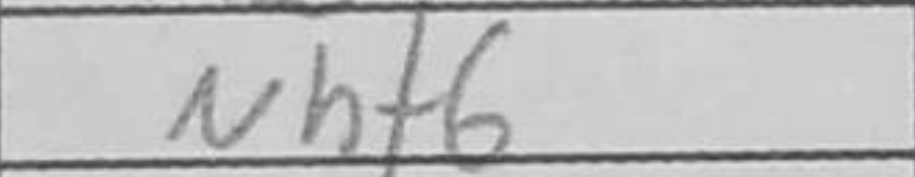
Transcription: Nhf6